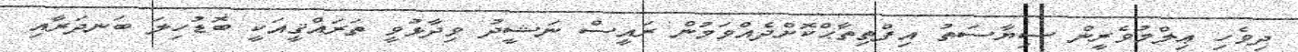
ދިވެހި ޢިލްމުވެރީން ސިޔާސަތު އިފްތިތާޙްކޮށްދެއްވަމުން ރައީސް ނަޝީދު ވިދާޅުވީ ތަރައްޤީއަކީ ބޮޑުހިލަ ބަނދަރާއި